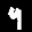
Label: 9